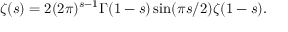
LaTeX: \zeta ( s ) = 2 ( 2 \pi ) ^ { s - 1 } \Gamma ( 1 - s ) \sin ( \pi s / 2 ) \zeta ( 1 - s ) .